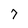
Character: 7